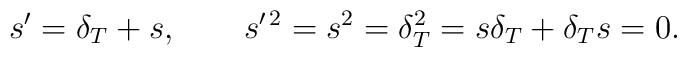
s^\prime=\delta_T+s,\quad\quad s^{\prime \, 2}=s^2=\delta_T^2=s\delta_T+\delta_T s=0.